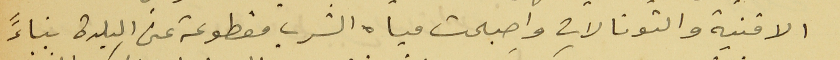
الاقنية والتونالات واصبحت مياه الشرب مقطوعة عن البلدة بناءً